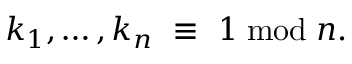
k _ { 1 } , \ldots , k _ { n } \ \equiv \ 1 \bmod n .